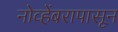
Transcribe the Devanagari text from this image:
नोव्हेंबरापासून